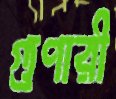
গুণারী